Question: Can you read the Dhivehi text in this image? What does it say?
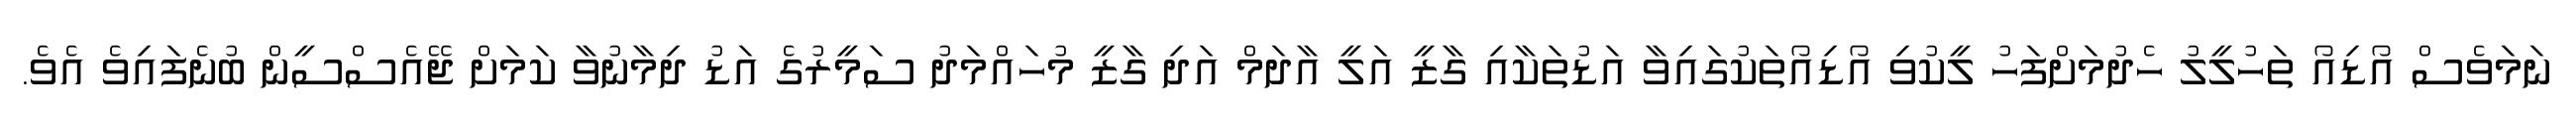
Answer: ނަމަވެސް އޯޑިއޯ ތަހުލީލު ހެދުމަށްފަހު ލީކުވި އޯޑިއޯތަކުގައިވާ އަޑުތަކާއި ގާޒީ އަލީ އާދަމް އަދި ގާޒީ މުހައްމަދު ސަމީރުގެ އަޑު ދިމާނުވާ ކަމަށް ޖޭއެސްސީން ބުނެފައިވެ އެވެ.